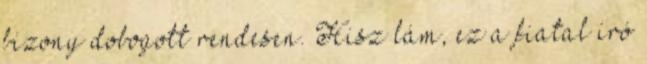
bizony dobogott rendesen. Hisz lám, ez a fiatal író